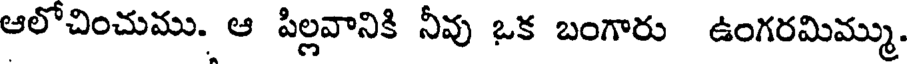
ఆలోచించుము. ఆ పిల్లవానికి నీవు ఒక బంగారు ఉంగరమిమ్ము.